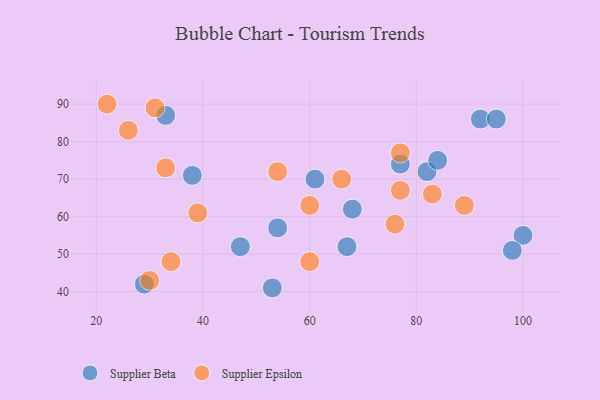
{"axis": {"x": "GDP", "y": "Life Expectancy"}, "legend": ["Supplier Beta", "Supplier Epsilon"], "data": [{"x": "54", "y": 57, "type": "Supplier Beta"}, {"x": "33", "y": 87, "type": "Supplier Beta"}, {"x": "29", "y": 42, "type": "Supplier Beta"}, {"x": "61", "y": 70, "type": "Supplier Beta"}, {"x": "68", "y": 62, "type": "Supplier Beta"}, {"x": "47", "y": 52, "type": "Supplier Beta"}, {"x": "53", "y": 41, "type": "Supplier Beta"}, {"x": "77", "y": 74, "type": "Supplier Beta"}, {"x": "100", "y": 55, "type": "Supplier Beta"}, {"x": "82", "y": 72, "type": "Supplier Beta"}, {"x": "38", "y": 71, "type": "Supplier Beta"}, {"x": "84", "y": 75, "type": "Supplier Beta"}, {"x": "92", "y": 86, "type": "Supplier Beta"}, {"x": "98", "y": 51, "type": "Supplier Beta"}, {"x": "95", "y": 86, "type": "Supplier Beta"}, {"x": "67", "y": 52, "type": "Supplier Beta"}, {"x": "77", "y": 67, "type": "Supplier Epsilon"}, {"x": "39", "y": 61, "type": "Supplier Epsilon"}, {"x": "54", "y": 72, "type": "Supplier Epsilon"}, {"x": "30", "y": 43, "type": "Supplier Epsilon"}, {"x": "34", "y": 48, "type": "Supplier Epsilon"}, {"x": "33", "y": 73, "type": "Supplier Epsilon"}, {"x": "31", "y": 89, "type": "Supplier Epsilon"}, {"x": "77", "y": 77, "type": "Supplier Epsilon"}, {"x": "89", "y": 63, "type": "Supplier Epsilon"}, {"x": "26", "y": 83, "type": "Supplier Epsilon"}, {"x": "60", "y": 63, "type": "Supplier Epsilon"}, {"x": "83", "y": 66, "type": "Supplier Epsilon"}, {"x": "66", "y": 70, "type": "Supplier Epsilon"}, {"x": "76", "y": 58, "type": "Supplier Epsilon"}, {"x": "60", "y": 48, "type": "Supplier Epsilon"}, {"x": "22", "y": 90, "type": "Supplier Epsilon"}]}